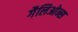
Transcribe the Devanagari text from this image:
गैलिओन्स